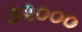
૩૨૦૦૦